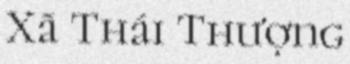
Xã Thái Thượng